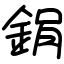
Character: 鋗